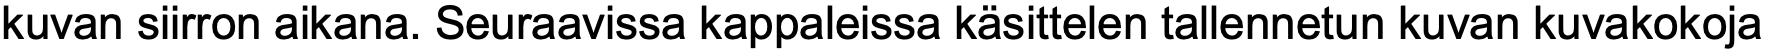
kuvan siirron aikana. Seuraavissa kappaleissa käsittelen tallennetun kuvan kuvakokoja